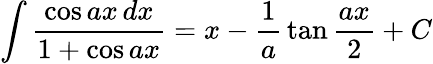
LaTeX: \int{\frac{\cos ax\, dx}{1+\cos ax}}=x-{\frac{1}{a}}\tan{\frac{ax}{2}}+C